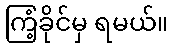
ကြံ့ခိုင်မှ ရမယ်။